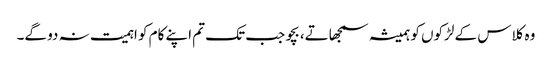
وہ کلاس کے لڑکوں کو ہمیشہ سمجھاتے، بچو جب تک تم اپنے کام کو اہمیت نہ دو گے۔